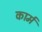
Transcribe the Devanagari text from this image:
कार्म